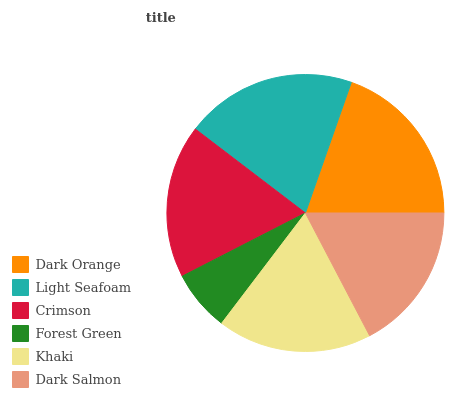
| Dark Orange | Light Seafoam | Crimson | Forest Green | Khaki | Dark Salmon |
 | --- | --- | --- | --- | --- | --- |
 | 19.6% | 20% | 18% | 7.11% | 18% | 17.3% |